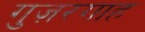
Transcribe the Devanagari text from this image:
गुज़रगाह